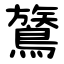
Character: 鷟